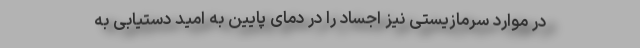
در موارد سرمازیستی نیز اجساد را در دمای پایین به امید دستیابی به